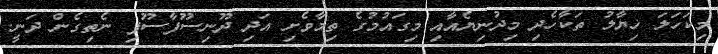
މިކަހަލަ ޚިޔާލު ތަކާހެދި މިދުނިޔެއާއި މިގައުމުގެ ތިމާވެށި އަދި ދޫނިސޫފާސޫފި ނެތިގެން ދަނީ.